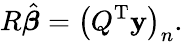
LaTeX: R{\hat{\boldsymbol{\beta}}}=\left(Q^{\mathrm{{T}}}\mathbf{y}\right)_{n}.